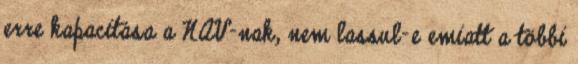
erre kapacitása a NAV-nak, nem lassul-e emiatt a többi